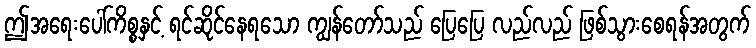
ဤအရေးပေါ်ကိစ္စနှင့် ရင်ဆိုင်နေရသော ကျွန်တော်သည် ပြေပြေ လည်လည် ဖြစ်သွားစေရန်အတွက်